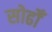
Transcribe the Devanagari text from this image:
सोढोँ